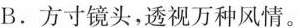
B.方寸镜头，透视万种风情。